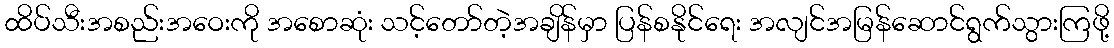
ထိပ်သီးအစည်းအဝေးကို အစောဆုံး သင့်တော်တဲ့အချိန်မှာ ပြန်စနိုင်ရေး အလျင်အမြန်ဆောင်ရွက်သွားကြဖို့